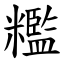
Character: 糮